38_143685_box7_Incident_Summaries_1-100
Agency: Department of War
Page 38
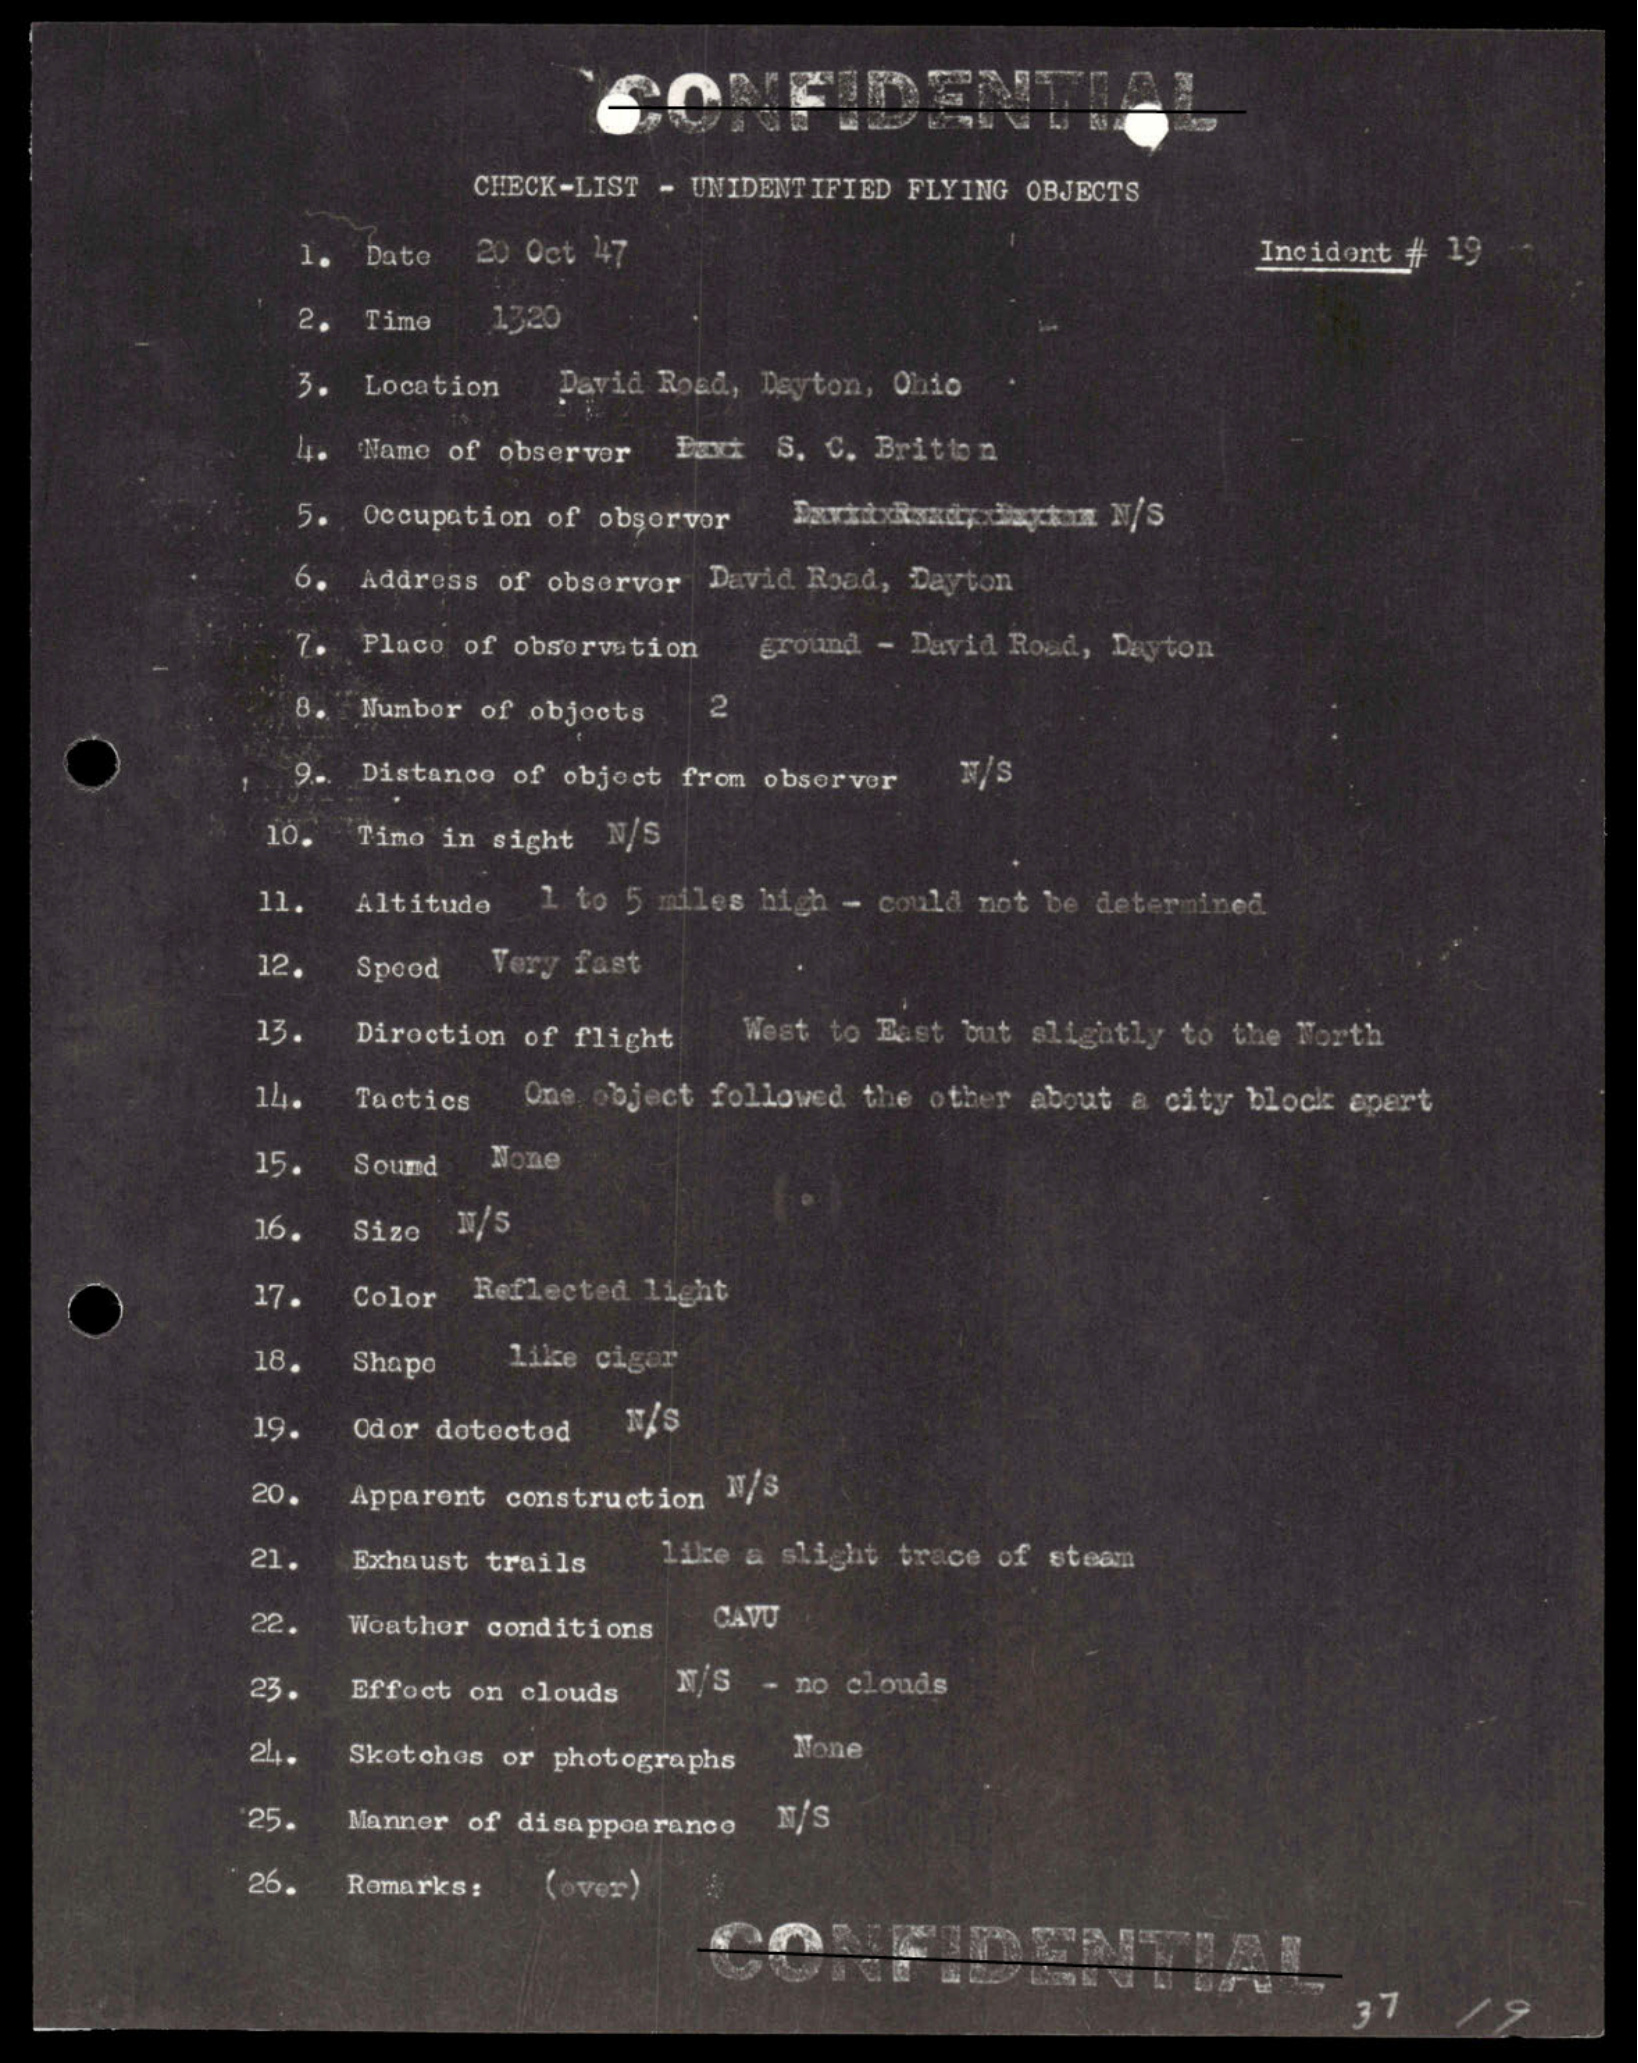